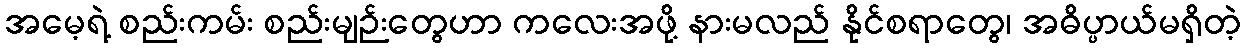
အမေ့ရဲ့ စည်းကမ်း စည်းမျဉ်းတွေဟာ ကလေးအဖို့ နားမလည် နိုင်စရာတွေ၊ အဓိပ္ပာယ်မရှိတဲ့